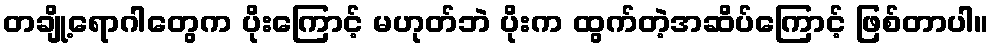
တချို့ရောဂါတွေက ပိုးကြောင့် မဟုတ်ဘဲ ပိုးက ထွက်တဲ့အဆိပ်ကြောင့် ဖြစ်တာပါ။